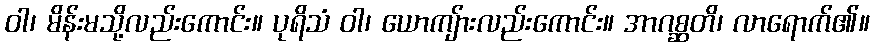
ဝါ၊ မိန်းမသို့လည်းကောင်း။ ပုရိသံ ဝါ၊ ယောကျ်ားလည်းကောင်း။ အာဂစ္ဆတိ၊ လာရောက်၏။